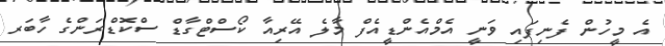
އެ މީހުން ފެނިފައި ވަނީ އެމްއެންޑީއެފް މާލެ އޭރިއާ ކޯސްޓްގާޑް ސްކޮޑްރަންގެ ހާބަރ